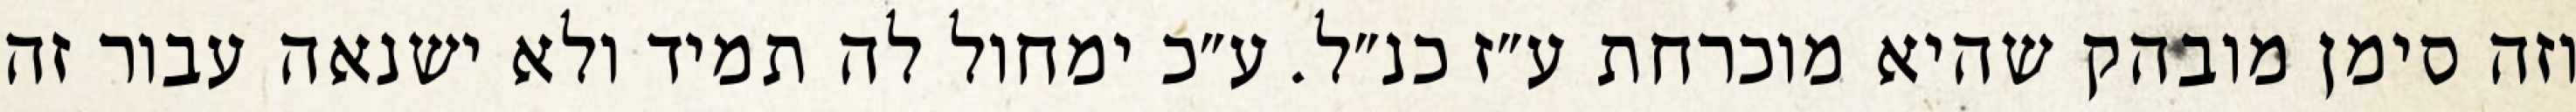
וזה סימן מובהק שהיא מוכרחת ע״ז כנ״ל. ע״כ ימחול לה תמיד ולא ישנאה עבור זה